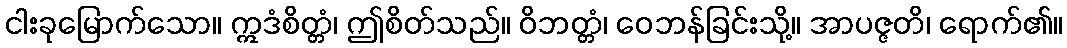
ငါးခုမြောက်သော။ ဣဒံစိတ္တံ၊ ဤစိတ်သည်။ ဝိဘတ္တံ၊ ဝေဘန်ခြင်းသို့။ အာပဇ္ဇတိ၊ ရောက်၏။